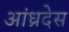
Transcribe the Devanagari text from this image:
आंध्रदेस